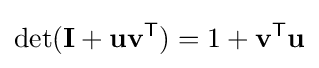
\det(\mathbf {I} +\mathbf {uv} ^{\textsf {T}})=1+\mathbf {v} ^{\textsf {T}}\mathbf {u}